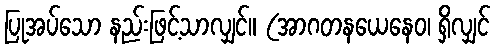
ပြုအပ်သော နည်းဖြင့်သာလျှင်။ (အာဂတနယေနေဝ၊ ရှိလျှင်